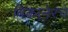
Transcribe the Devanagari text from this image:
बिकानेरचे